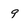
Character: 9